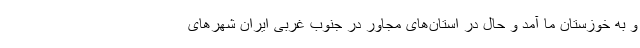
و به خوزستان ما آمد و حال در استان‌های مجاور در جنوب غربی ایران شهرهای